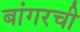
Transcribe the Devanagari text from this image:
बांगरची